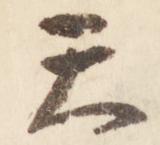
天